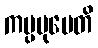
ကပ္ပမုပေတိ